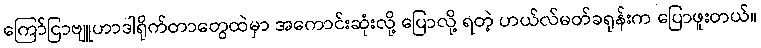
ကြော်ငြာဗျူဟာဒါရိုက်တာတွေထဲမှာ အကောင်းဆုံးလို့ ပြောလို့ ရတဲ့ ဟယ်လ်မတ်ခရုန်းက ပြောဖူးတယ်။